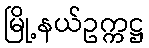
မြို့နယ်ဥက္ကဋ္ဌ